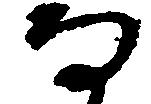
な